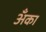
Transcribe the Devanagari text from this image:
अँका